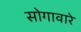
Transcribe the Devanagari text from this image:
सोगावारे